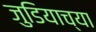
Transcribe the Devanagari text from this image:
जुडियाच्या